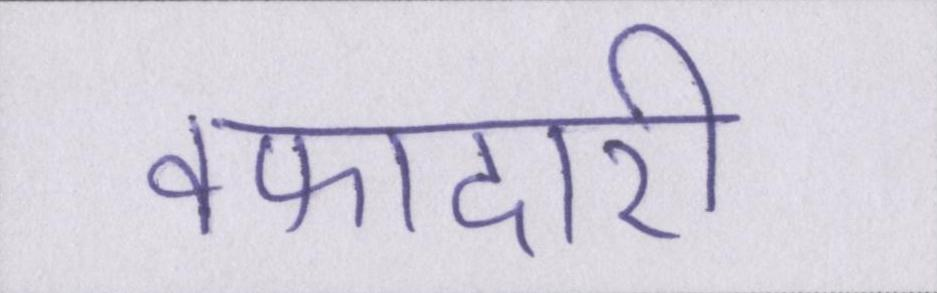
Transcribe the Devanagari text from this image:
वफादारी